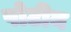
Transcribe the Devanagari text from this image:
पोटीन